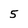
Character: 5